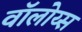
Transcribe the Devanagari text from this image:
वॉलोय्स